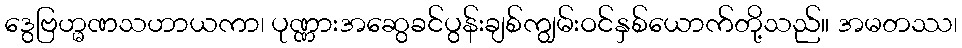
ဒွေဗြဟ္မဏသဟာယကာ၊ ပုဏ္ဏားအဆွေခင်ပွန်းချစ်ကျွမ်းဝင်နှစ်ယောက်တို့သည်။ အမတဿ၊